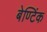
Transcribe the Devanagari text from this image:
बेण्टिंक